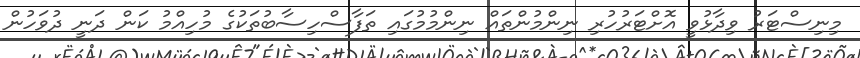
މިނިސްޓަރު ވިދާޅުވީ އޮށްޓަރުހުރި ނިންމުންތައް ނިންމުމުގައި ތަފާސްހިސާބުތަކުގެ މުހިއްމު ކަން ދަނީ ދުވަހުން